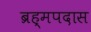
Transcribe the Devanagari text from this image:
ब्रह्मपदास